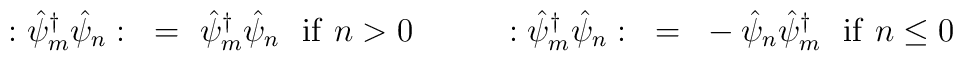
:{\hat \psi_{m}}^\dagger \hat \psi_n:~=~{\hat \psi_{m}}^\dagger \hat \psi_n{}~~{\rm if}~ n>0~~~~~~~~:{\hat \psi_{m}}^\dagger \hat \psi_n:~=~- \hat \psi_n {\hat \psi_{m}}^\dagger~~{\rm if}~ n\le 0